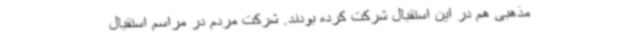
مذهبی هم در این استقبال شرکت کرده بودند. شرکت مردم در مراسم استقبال